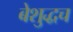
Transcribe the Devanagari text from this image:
बेशुद्धच